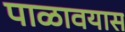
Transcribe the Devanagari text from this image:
पाळावयास